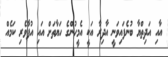
އާއި އަދިތްޔާ ބުނެފައިވަނީ އާދިރާ އަކީ އެމީހުންގެ ހަޔާތަށް އައި އުފާވެރި ކަމެއް